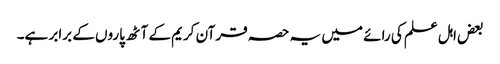
بعض اہل علم کی رائے میں یہ حصہ قرآن کریم کے آٹھ پاروں کے برابر ہے۔